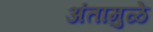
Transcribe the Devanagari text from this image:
अंतामुळे